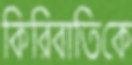
কিরিবাতিকে